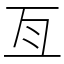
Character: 亙